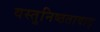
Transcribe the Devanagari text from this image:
वस्तुनिष्ठतावाद्